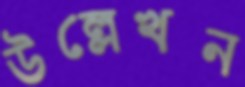
উল্লেখন